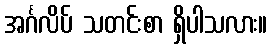
အင်္ဂလိပ် သတင်းစာ ရှိပါသလား။